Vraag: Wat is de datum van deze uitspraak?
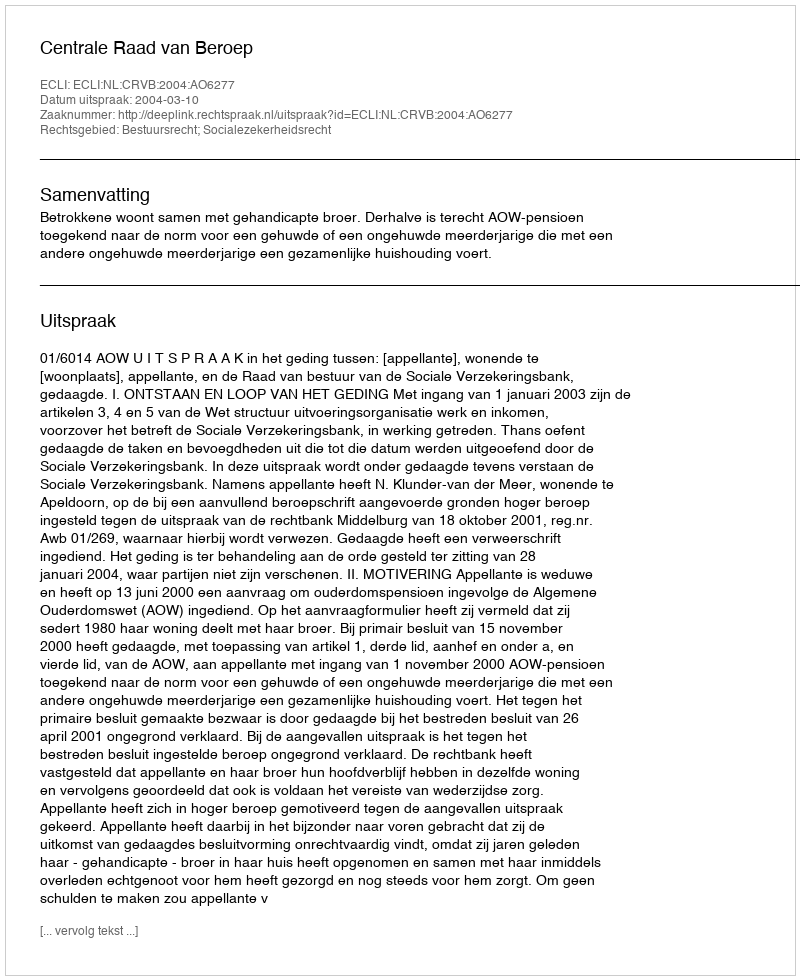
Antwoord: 2004-03-10